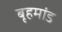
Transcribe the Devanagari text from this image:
बृहमांड